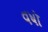
વષૉ